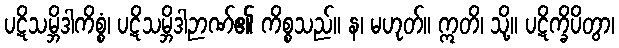
ပဋိသမ္ဘိဒါကိစ္စံ၊ ပဋိသမ္ဘိဒါဉာဏ်၏ ကိစ္စသည်။ န၊ မဟုတ်။ ဣတိ၊ သို့။ ပဋိက္ခိပိတွာ၊